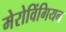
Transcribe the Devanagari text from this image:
मेरोविंगियन